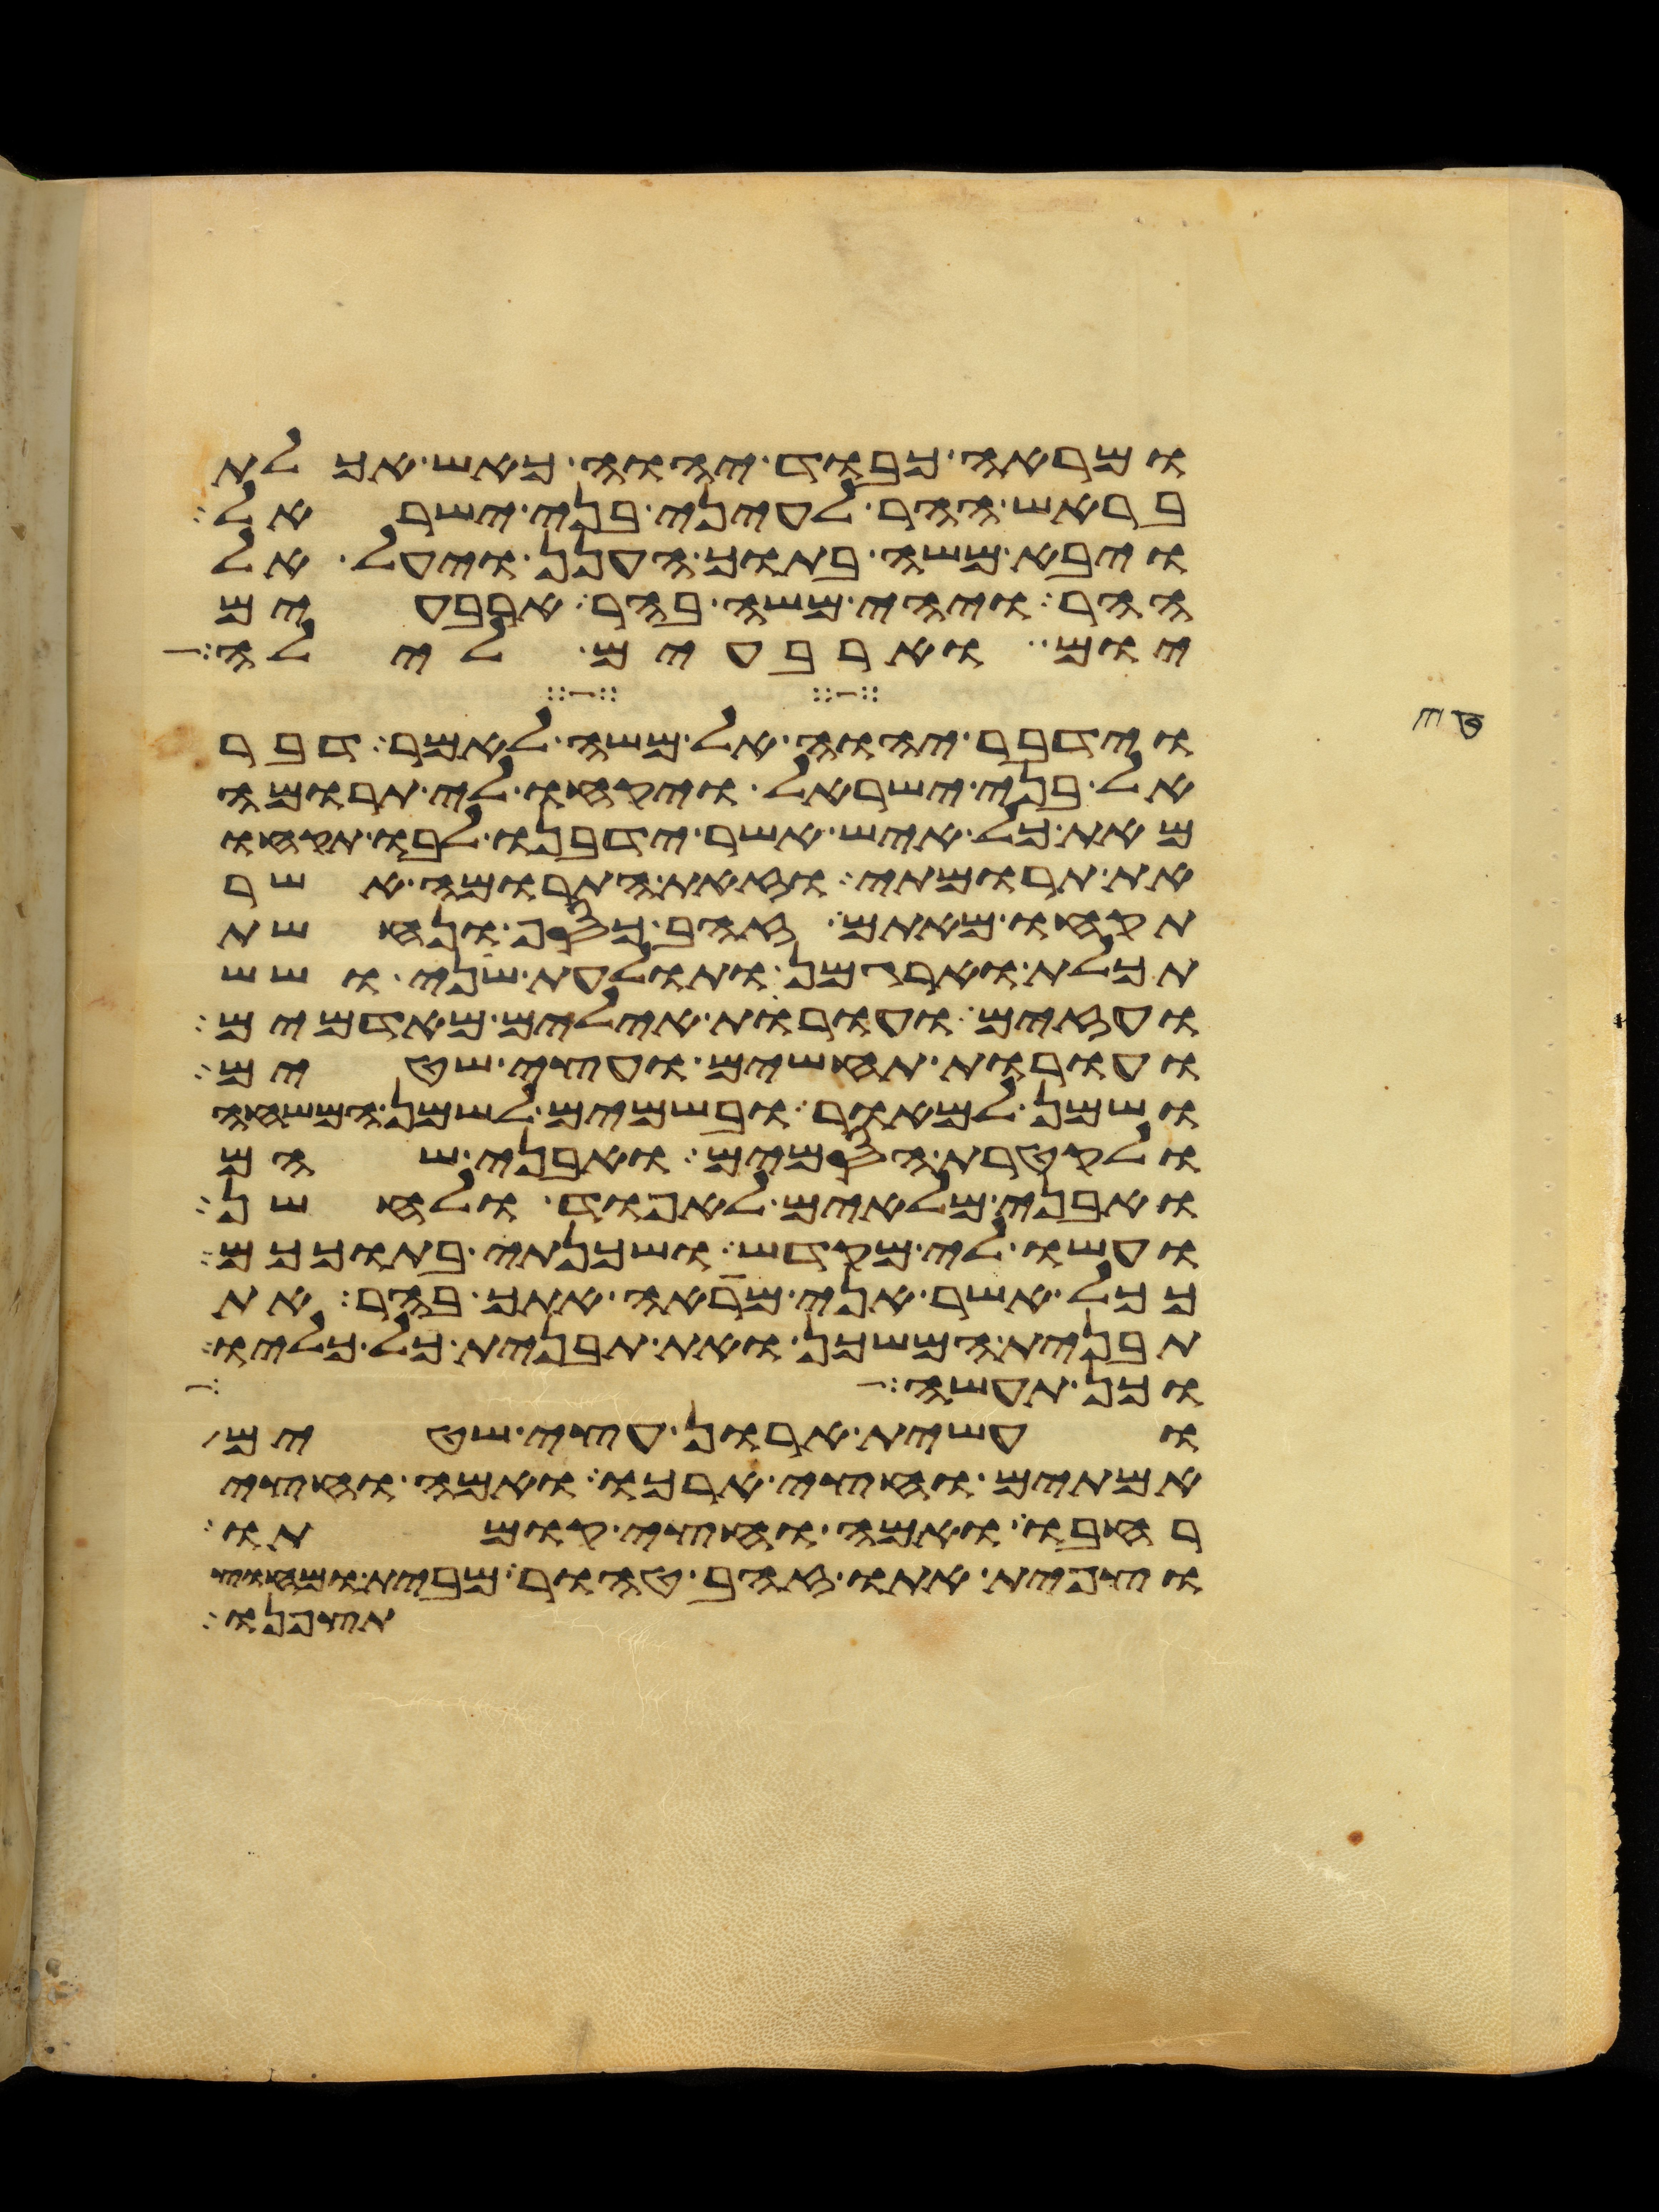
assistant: ומראה כבוד יהוה כאש אכלת
בראש ההר לעיני בני ישראל
ויבא משה בתוך הענן ויעל אל
ההר ויהי משה בהר ארבעים
יום וארבעים לילה
וידבר יהוה אל משה לאמר דבר
אל בני ישראל ויקחו לי תרומה
מאת כל איש אשר ידבנו לבו תקחו
את תרומתי וזאת התרומה אשר
תקחו מאתם זהב כסף ונחשת
תכלת וארגמן ותולעת שני ושש
ועזים ועורות אילים מאדמים
ועורות תחשים ועצי שטים
ושמן למאור ובשמים לשמן המשחה
ולקטרת הסמים ואבני שהם
ואבני מלאים לאפוד ולחשן
ועשו לי מקדש ושכנתי בתוככם
ככל אשר אני מראה אתך בהר את
תבנית המשכן ואת תבנית כל כליו
וכן תעשה
ועשית ארון עצי שטים
אמתים וחצי ארכו ואמה וחצי
רחבו ואמה וחצי קומתו
וצפית אתו זהב טהור מבית ומחוץ
תצפנו